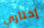
إختاري